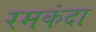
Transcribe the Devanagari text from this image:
रमकंदा